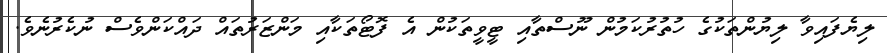
ލިޔެފައިވާ ލިޔުންތަކުގެ ހުތުރުކަމުން ނޫސްތާއި ޓީވީތަކުން އެ ފޮޓޯތަކާއި މަންޒަރުތައް ދައްކަންވެސް ނުކެރުނެވެ.